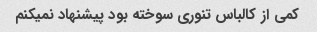
کمی از کالباس تنوری سوخته بود پیشنهاد نمیکنم